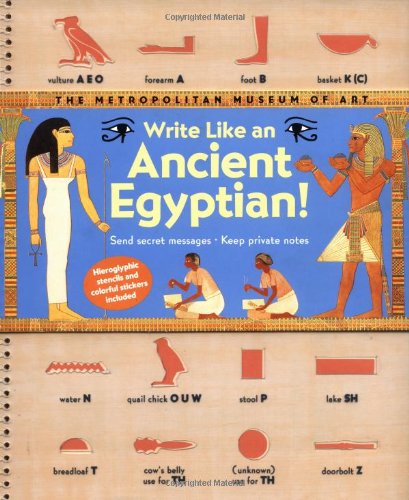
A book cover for Write Like an Ancient Egyptian!; Children's Books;